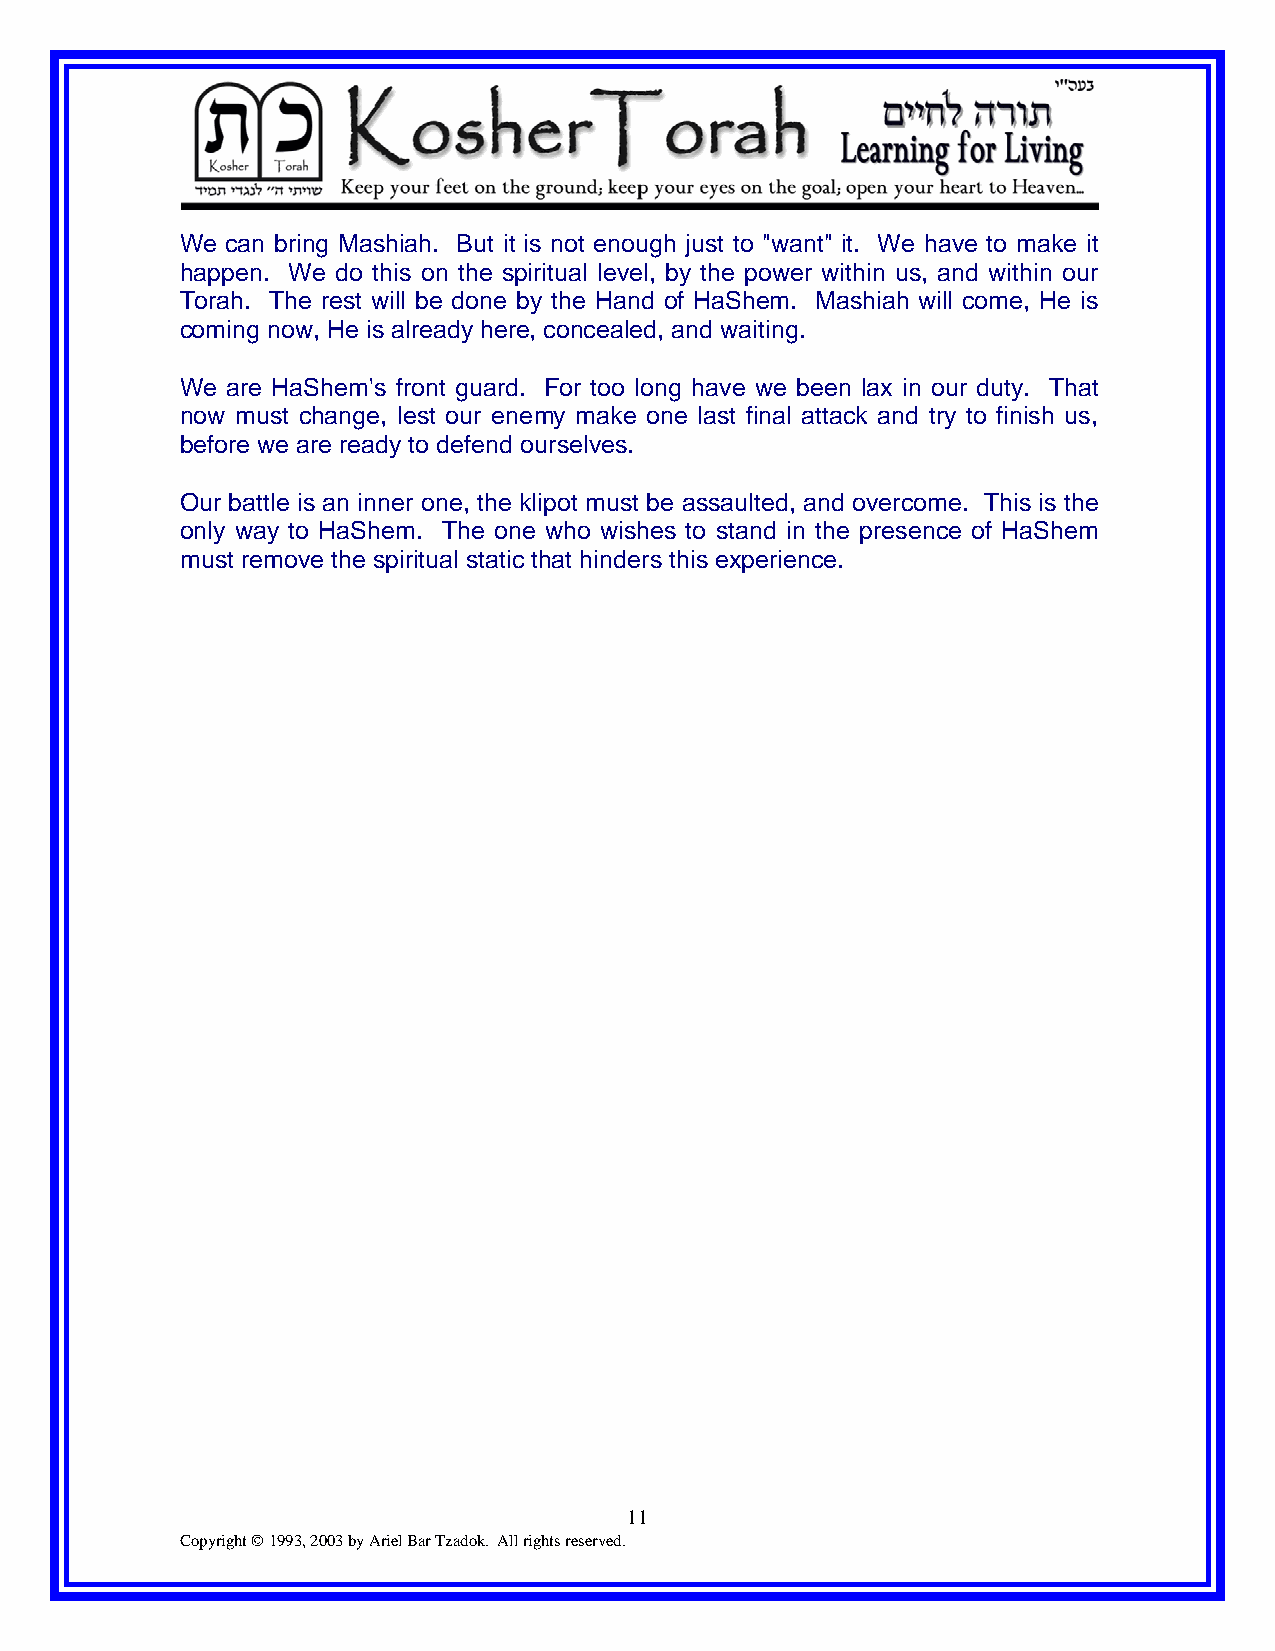
We can bring Mashiah. But it is not enough just to "want" it. We have to make it
 happen. We do this on the spiritual level, by the power within us, and within our
 Torah. The rest will be done by the Hand of HaShem. Mashiah will come, He is
 coming now, He is already here, concealed, and waiting.
 We are HaShem's front guard. For too long have we been lax in our duty. That
 now must change, lest our enemy make one last final attack and try to finish us,
 before we are ready to defend ourselves.
 Our battle is an inner one, the klipot must be assaulted, and overcome. This is the
 only way to HaShem. The one who wishes to stand in the presence of HaShem
 must remove the spiritual static that hinders this experience.
 11
 Copyright © 1993, 2003 by Ariel Bar Tzadok. All rights reserved.